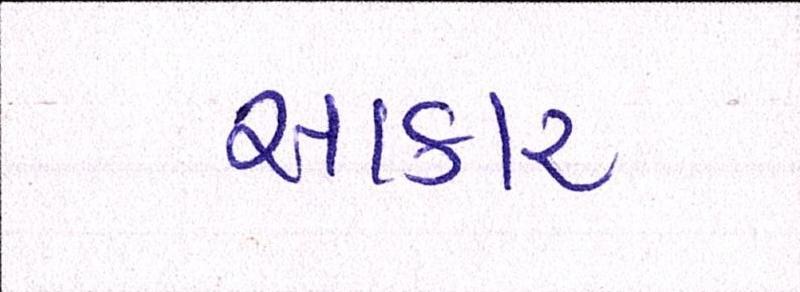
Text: સાકાર